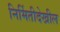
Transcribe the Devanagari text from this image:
निर्मितीदेखील